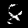
Digit: 8